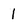
Character: 1